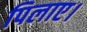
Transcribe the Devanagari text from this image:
पिलाए।